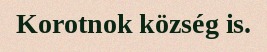
Korotnok község is.